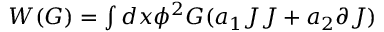
\begin{array} { l } { { W ( G ) = \int d x \phi ^ { 2 } G ( a _ { 1 } J J + a _ { 2 } \partial J ) } } \end{array}